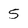
Character: 5